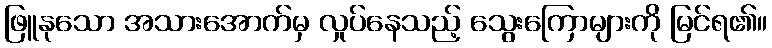
ဖြူနုသော အသားအောက်မှ လှုပ်နေသည့် သွေးကြောများကို မြင်ရ၏။